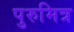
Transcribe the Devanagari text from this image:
पुरुमित्र